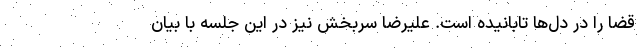
قضا را در دل‌ها تابانیده است. علیرضا سربخش نیز در این جلسه با بیان